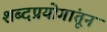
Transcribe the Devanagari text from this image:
शब्दप्रयोगांतून